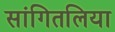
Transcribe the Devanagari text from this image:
सांगितलिया